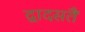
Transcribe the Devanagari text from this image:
द्वादसतैं